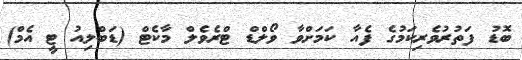
ބޮޑު ފަތުރުވެރިކަމުގެ ފެއާ ކަމަށްވާ ވޯލްޑް ޓްރެވެލް މާކެޓް (ޑަބްލިއު ޓީ އެމް)